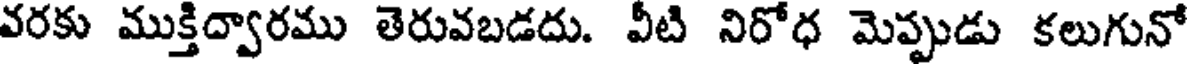
వరకు ముక్తిద్వారము తెరువబడదు. వీటి నిరోధ మెప్పుడు కలుగునో